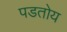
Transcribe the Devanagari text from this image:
पडतोय